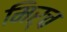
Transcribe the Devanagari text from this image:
मिर्च